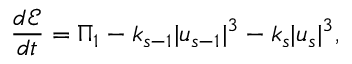
\frac { d \mathcal { E } } { d t } = \Pi _ { 1 } - k _ { s - 1 } | u _ { s - 1 } | ^ { 3 } - k _ { s } | u _ { s } | ^ { 3 } ,